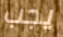
يجب